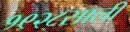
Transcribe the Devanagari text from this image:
१९२८साली